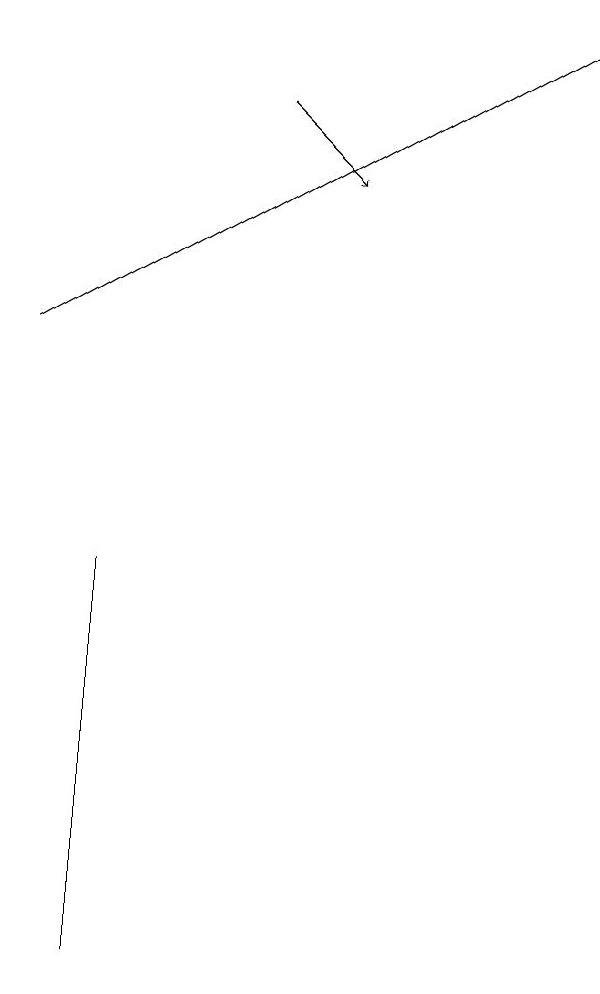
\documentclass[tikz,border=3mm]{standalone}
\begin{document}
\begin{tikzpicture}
\draw[->] (3,14) -- (4,13);
\draw (1,8) -- (1,6) -- (1,3) -- cycle;
\draw[->] (0,11) -- (7,15);
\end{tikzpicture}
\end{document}